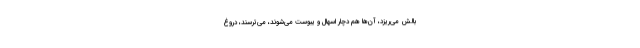
بالش می‌ریزد، آن‌ها هم دچار اسهال و یبوست می‌شوند، می‌ترسند، دروغ